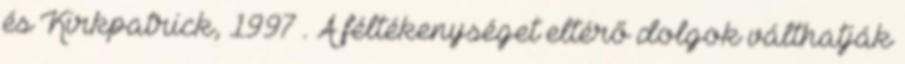
és Kirkpatrick, 1997 . A féltékenységet eltérő dolgok válthatják